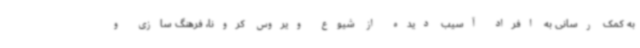
به کمک رسانی به افراد آسیب دیده از شیوع ویروس کرونا، فرهنگ سازی و